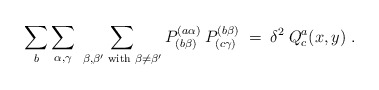
\begin{align*}\sum_b \sum_{\alpha, \gamma} \;\sum_{\beta, \beta' {\mbox{\scriptsize{ with }}} \beta \neq \beta'} P^{(a \alpha)}_{(b \beta)}\: P^{(b \beta)}_{(c \gamma)} \;=\;\delta^2\: Q^a_c(x,y) \;.\end{align*}